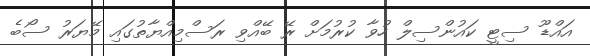
އައްޑޫ ސިޓީ ކައުންސިލް ހުވާ ކުރުމަށް ރޭ ބޭއްވި ރަސްމިއްޔާތުގައި މޭޔަރު ސޯބެ